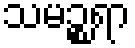
သမဉ္စရာ